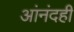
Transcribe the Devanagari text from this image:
आंनंदही